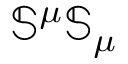
\mathbb { S } ^ { \mu } \mathbb { S } _ { \mu }